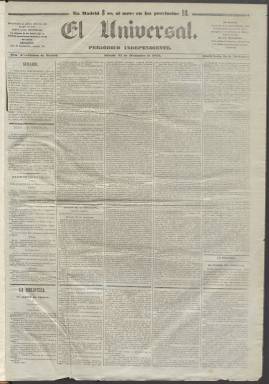
Título: El Universal (Madrid. 1845)
Colección: Periódicos anteriores a 1850
Ámbito geográfico: Madrid
Lugar de publicación: Madrid
Fechas: 27/12/1845-20/03/1846